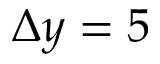
\Delta y = 5